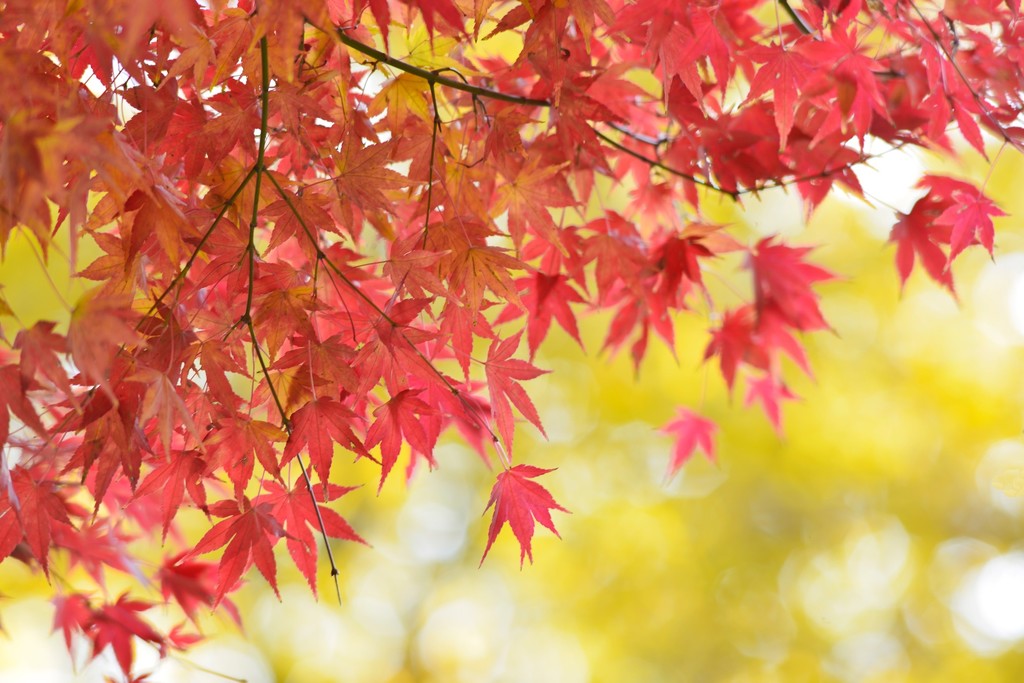
最是秋风管闲事，红他枫叶白人头。